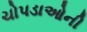
ચોપડાઓની